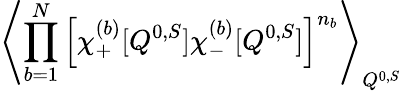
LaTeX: \left\langle\prod_{b=1}^{N}\left[\chi_{+}^{(b)}[Q^{0,S}]\chi_{-}^{(b)}[Q^{0,S}]\right]^{n_{b}}\right\rangle_{Q^{0,S}}\;